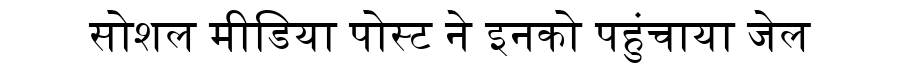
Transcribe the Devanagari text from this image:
सोशल मीडिया पोस्ट ने इनको पहुंचाया जेल